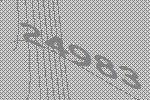
24983